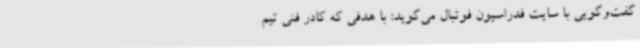
گفت‌وگویی با سایت فدراسیون فوتبال می‌گوید: با هدفی که کادر فنی تیم